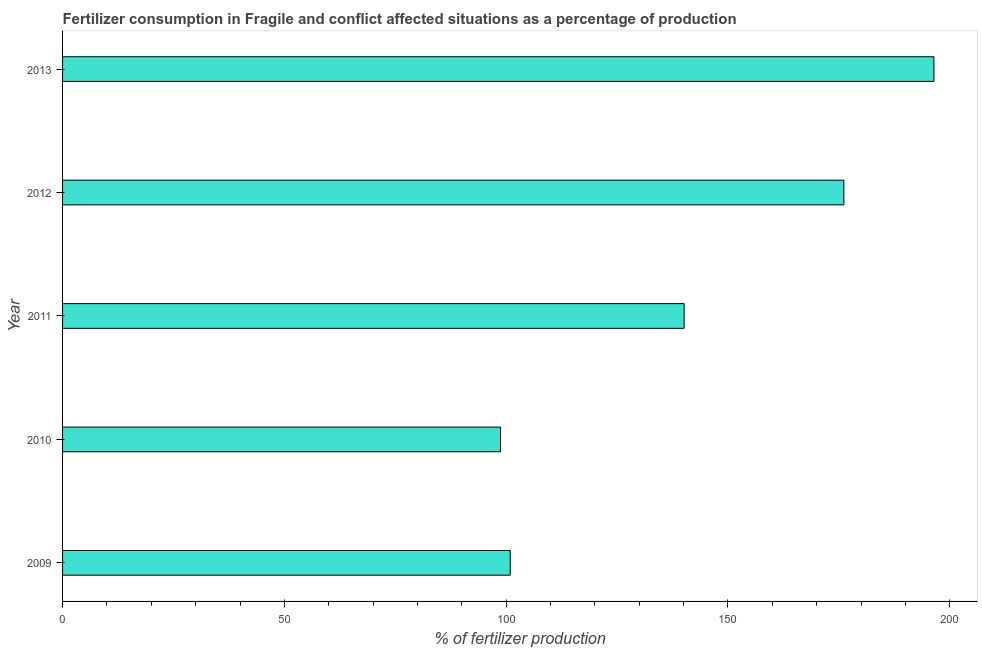
| Year | Fertilizer consumption |
 | --- | --- |
 | 2009 | 101 |
 | 2010 | 98.7 |
 | 2011 | 140 |
 | 2012 | 176 |
 | 2013 | 196 |